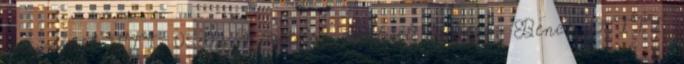
mezőnyből III. 05:02 Kiállítás cserével Bihácsi Bence 10 III.